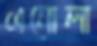
এনোলা